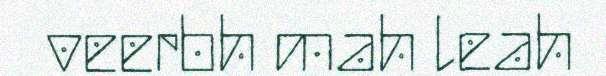
veerbh mah leah